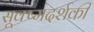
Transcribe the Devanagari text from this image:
सूक्ष्मदर्शकी